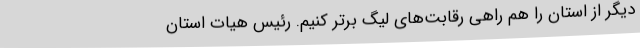
دیگر از استان را هم راهی رقابت‌های لیگ برتر کنیم. رئیس هیات استان